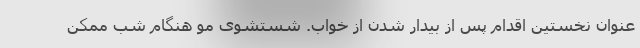
عنوان نخستین اقدام پس از بیدار شدن از خواب. شستشوی مو هنگام شب ممکن